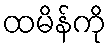
ထမိန်ကို